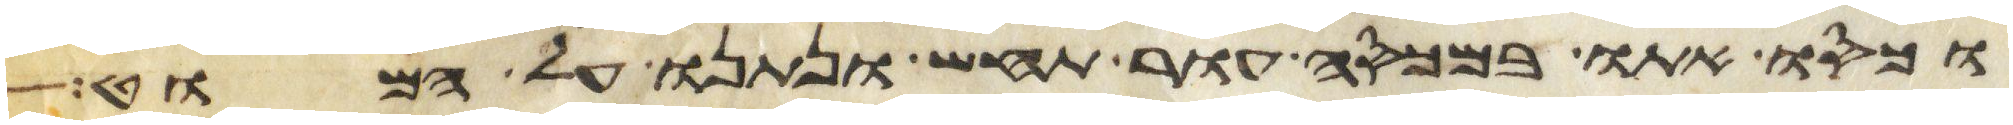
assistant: וכסו אתם במכסה עור תחש ונתנו על המוט